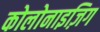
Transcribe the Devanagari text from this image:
कोलोनाइज़िग